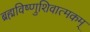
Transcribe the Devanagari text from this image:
ब्रह्मविष्णुशिवात्मकम्